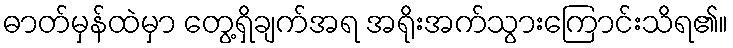
ဓာတ်မှန်ထဲမှာ တွေ့ရှိချက်အရ အရိုးအက်သွားကြောင်းသိရ၏။